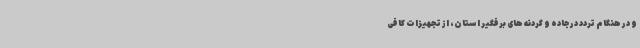
و در هنگام تردد در جاده و گردنه های برفگیر استان، از تجهیزات کافی